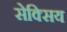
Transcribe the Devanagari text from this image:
सेक्सिय